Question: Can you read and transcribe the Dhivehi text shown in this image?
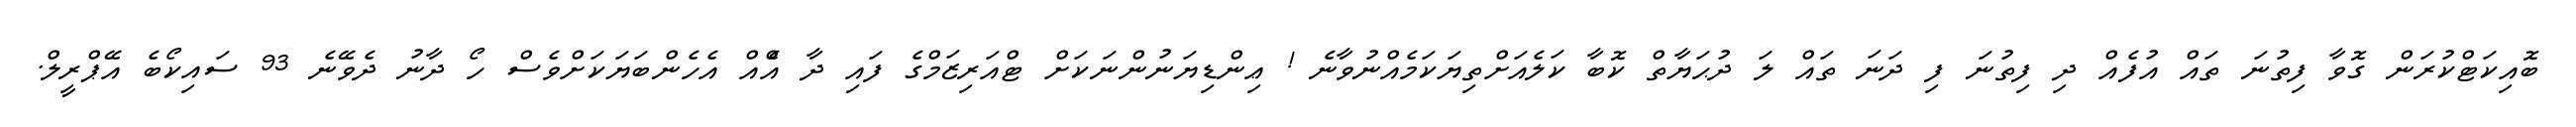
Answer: ބޮއިކަޓްކުރަން ގޮވާ ފިތުނަ ތައް އުފެއް ދި ފިތުނަ ފި ދަނަ ތައް ލަ ދުޙަޔާތް ކޮބާ ކަލެއަށްތިޔަކަމެއްނުވާނެ ! ޢިންޑިޔަނުންނަކަށް ޓްއަރިޒަމްގެ ފައި ދާ އެްއް އެހެންބަޔަކަށްވެސް ހޯ ދާނު ދެވޭނެ 93 ސައިކޯބެ އޭޕްރީލް.